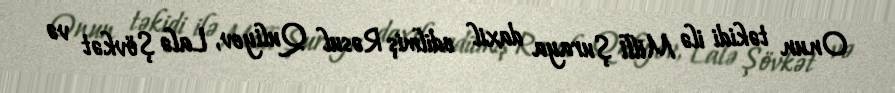
Onun təkidi ilə Milli Şuraya daxil edilmiş Rəsul Quliyev, Lalə Şövkət və